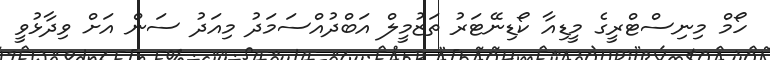
ހޯމް މިނިސްޓްރީގެ މީޑިއާ ކޯޑިނޭޓަރު ތަޒުމީލް އަބްދުއްސަމަދު މިއަދު ސަން އަށް ވިދާޅުވީ